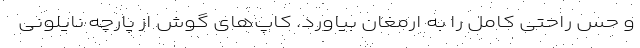
و حس راحتی کامل را به ارمغان بیاورد. کاپ‌های گوش از پارچه نایلونی